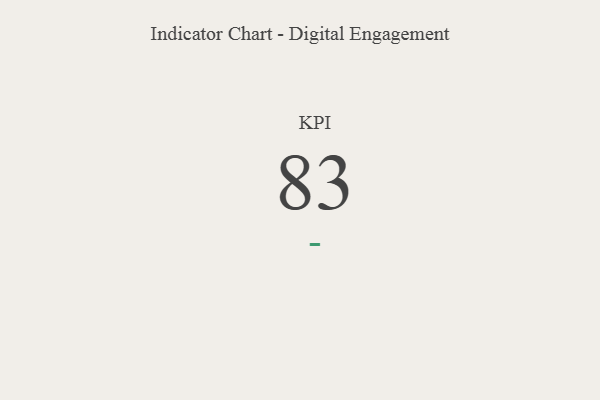
{"axis": {"x": "KPI", "y": "Value"}, "legend": [""], "data": [{"x": "KPI", "y": 83, "type": ""}]}